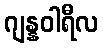
ဂျန္နဝါရီလ